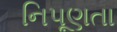
નિપૂણતા